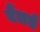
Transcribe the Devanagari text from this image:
बैलर्ड